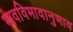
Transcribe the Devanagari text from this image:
भावविभावानुभाव